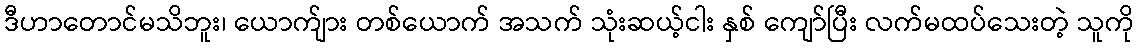
ဒီဟာတောင်မသိဘူး၊ ယောက်ျား တစ်ယောက် အသက် သုံးဆယ့်ငါး နှစ် ကျော်ပြီး လက်မထပ်သေးတဲ့ သူကို